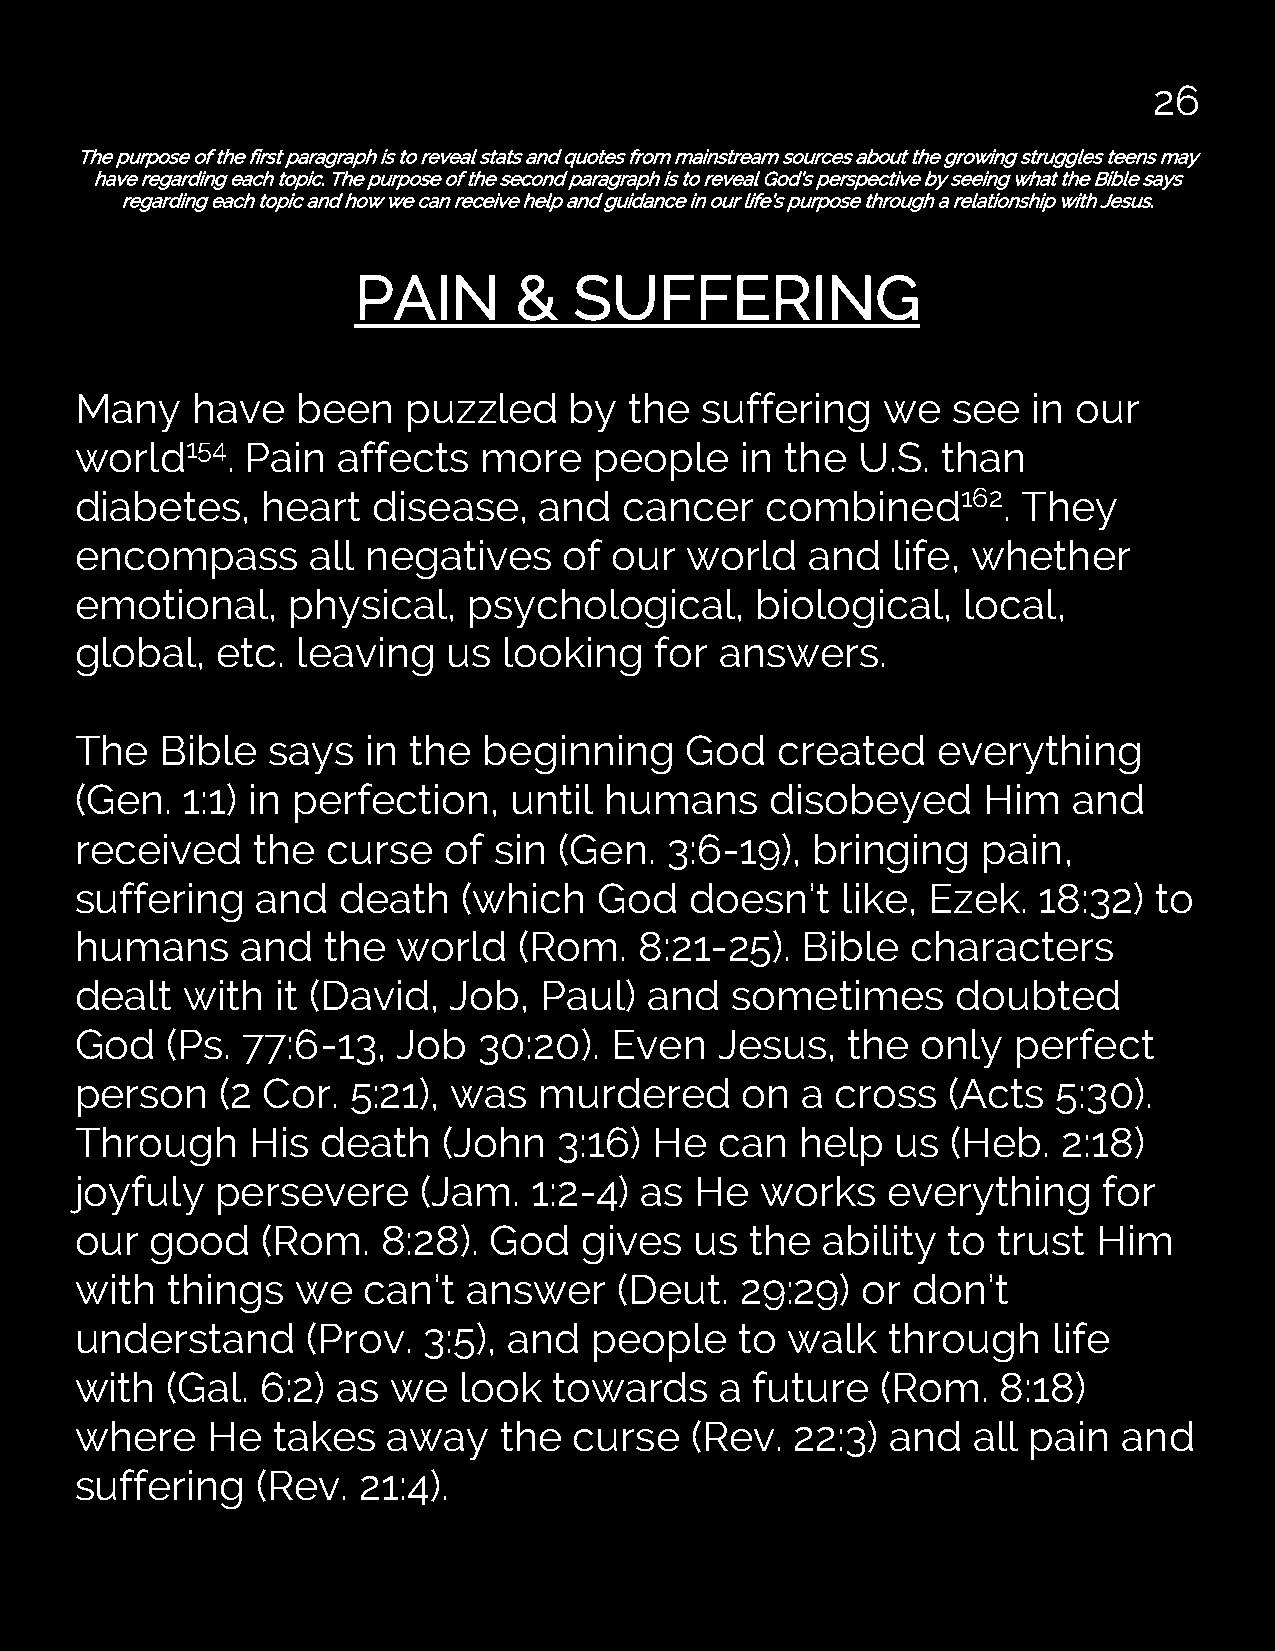
26
 The purpose of the first paragraph is to reveal stats and quotes from mainstream sources about the growing struggles teens may
 have regarding each topic. The purpose of the second paragraph is to reveal God’s perspective by seeing what the Bible says
 regarding each topic and how we can receive help and guidance in our life’s purpose through a relationship with Jesus.
 PAIN       &   SUFFERING
 Many    have   been   puzzled    by  the suffering   we   see  in our
 world154.  Pain  affects   more   people    in the  U.S. than
 diabetes,   heart   disease,   and  cancer    combined162.     They
 encompass      all negatives    of  our  world   and  life, whether
 emotional,    physical,   psychological,     biological,   local,
 global,  etc.  leaving   us looking   for  answers.
 The   Bible  says  in the  beginning    God   created    everything
 (Gen.  1:1) in perfection,   until humans     disobeyed     Him   and
 received    the  curse  of  sin (Gen.  3:6-19),  bringing   pain,
 suffering   and   death   (which   God   doesn’t   like, Ezek.  18:32) to
 humans     and  the  world   (Rom.   8:21-25).  Bible  characters
 dealt  with  it (David,  Job,  Paul)  and  sometimes      doubted
 God   (Ps. 77:6-13,  Job   30:20). Even    Jesus,  the  only  perfect
 person    (2 Cor. 5:21), was   murdered     on  a cross   (Acts  5:30).
 Through     His death   (John   3:16) He   can  help  us  (Heb.  2:18)
 joyfuly  persevere     (Jam.  1:2-4) as  He  works    everything    for
 our  good   (Rom.   8:28). God    gives  us  the ability  to trust  Him
 with  things   we  can’t  answer    (Deut.  29:29)  or don’t
 understand     (Prov.  3:5), and  people    to walk   through    life
 with  (Gal. 6:2) as  we  look   towards    a future  (Rom.   8:18)
 where    He  takes   away   the  curse   (Rev.  22:3) and  all pain  and
 suffering   (Rev.  21:4).